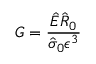
G = \frac { \hat { E } \hat { R } _ { 0 } } { \hat { \sigma } _ { 0 } \epsilon ^ { 3 } }